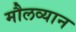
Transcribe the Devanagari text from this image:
मौलव्यान